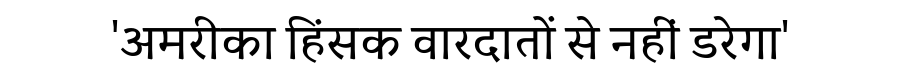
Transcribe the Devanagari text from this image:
'अमरीका हिंसक वारदातों से नहीं डरेगा'